Leucocytozoon canis - Number 26
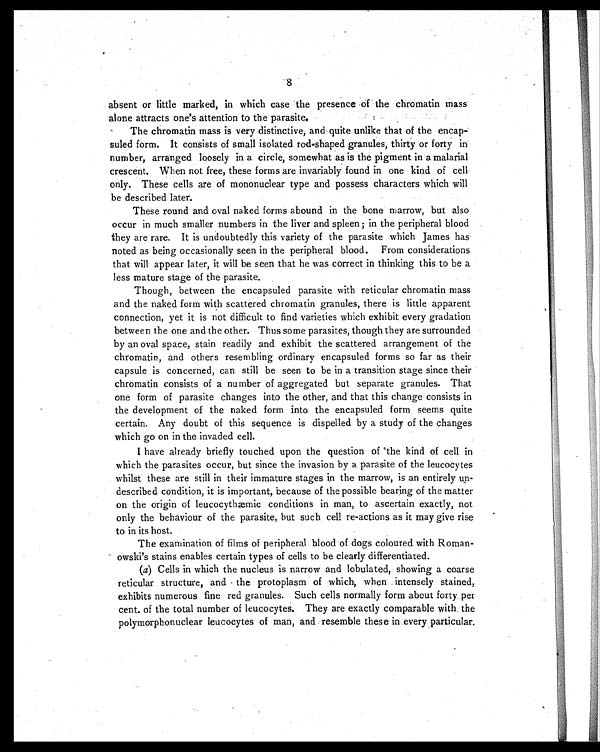
absent or little marked, in which case the presence of the chromatin mass
8
alone attracts one's attention to the parasite.
The chromatin mass is very distinctive, and quite unlike that of the encap-
suled form. It consists of small isolated rod-shaped granules, thirty or forty in
number, arranged loosely in a circle, somewhat as is the pigment in a malarial
crescent. When not free, these forms are invariably found in one kind of cell
only. These cells are of mononuclear type and possess characters which will
be described later.
These round and oval naked forms abound in the bone marrow, but also
occur in much smaller numbers in the liver and spleen ; in the peripheral blood
they are rare. It is undoubtedly this variety of the parasite which James has
noted as being occasionally seen in the peripheral blood. From considerations
that will appear later, it will be seen that he was correct in thinking this to be a
less mature stage of the parasite.
Though, between the encapsuled parasite with reticular chromatin mass
and the naked form with scattered chromatin granules, there is little apparent
connection, yet it is not difficult to find varieties which exhibit every gradation
between the one and the other. Thus some parasites, though they are surrounded
by an oval space, stain readily and exhibit the scattered arrangement of the
chromatin, and others resembling ordinary encapsuled forms so far as their
capsule is concerned, can still be seen to be in a transition stage since their
chromatin consists of a number of aggregated but separate granules. That
one form of parasite changes into the other, and that this change consists in
the development of the naked form into the encapsuled form seems quite
certain. Any doubt of this sequence is dispelled by a study of the changes
which go on in the invaded cell.
I have already briefly touched upon the question of the kind of cell in
which the parasites occur, but since the invasion by a parasite of the leucocytes
whilst these are still in their immature stages in the marrow, is an entirely un-
described condition, it is important, because of the possible bearing of the matter
on the origin of leucocythæmic conditions in man, to ascertain exactly, not
only the behaviour of the parasite, but such cell re-actions as it may give rise
to in its host.
The examination of films of peripheral blood of dogs coloured with Roman-
owski's stains enables certain types of cells to be clearly differentiated.
(a) Cells in which the nucleus is narrow and lobulated, showing a coarse
reticular structure, and the protoplasm of which, when intensely stained,
exhibits numerous fine red granules. Such cells normally form about forty per
cent. of the total number of leucocytes. They are exactly comparable with the
polymorphonuclear leucocytes of man, and resemble these in every particular.